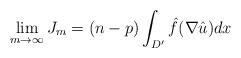
LaTeX: \begin{align*} \lim_{m \to \infty} J_m = (n-p) \int_{D'} \hat f ( \nabla \hat u ) dx \end{align*}